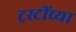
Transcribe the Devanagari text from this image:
ट्रस्टींच्या